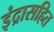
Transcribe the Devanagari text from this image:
इंद्रासहित